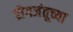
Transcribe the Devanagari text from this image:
रोगजंतूच्या